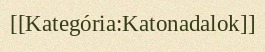
[[Kategória:Katonadalok]]